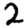
Digit: 2